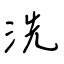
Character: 洗